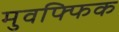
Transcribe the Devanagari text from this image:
मुवफ्फिक